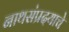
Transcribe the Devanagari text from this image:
नाथसंप्रदयाचे